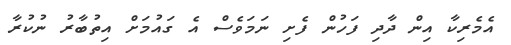
އެމެރިކާ އިން ދާދި ފަހުން ފެށި ނަމަވެސް އެ ގަަައުމަށް އިތުބާރު ނުކުރާ